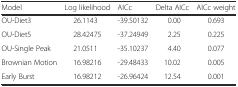
<table><thead><tr><td><b>Model</b></td><td><b>Log likelihood</b></td><td><b>AICc</b></td><td><b>Delta AICc</b></td><td><b>AICc weight</b></td></tr></thead><tbody><tr><td>OU-Diet3</td><td>26.1143</td><td>-39.50132</td><td>0.00</td><td>0.693</td></tr><tr><td>OU-Diet5</td><td>28.42475</td><td>-37.24949</td><td>2.25</td><td>0.225</td></tr><tr><td>OU-Single Peak</td><td>21.0511</td><td>-35.10237</td><td>4.40</td><td>0.077</td></tr><tr><td>Brownian Motion</td><td>16.98216</td><td>-29.48433</td><td>10.02</td><td>0.005</td></tr><tr><td>Early Burst</td><td>16.98212</td><td>-26.96424</td><td>12.54</td><td>0.001</td></tr></tbody></table>